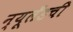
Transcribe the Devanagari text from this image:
न्यूलँडची